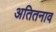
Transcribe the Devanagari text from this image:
अतितनाव